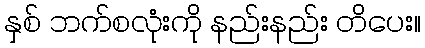
နှစ် ဘက်စလုံးကို နည်းနည်း တိပေး။